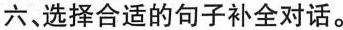
六、选择合适的句子补全对话。